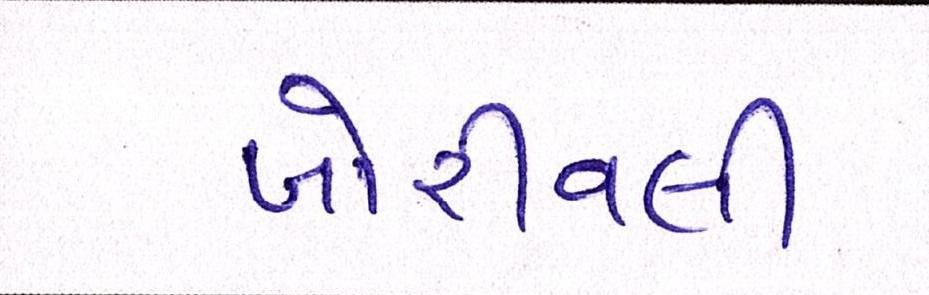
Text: બોરીવલી